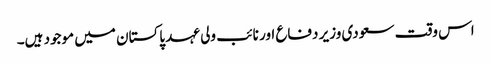
اس وقت سعودی وزیر دفاع اور نائب ولی عہد پاکستان میں موجود ہیں۔